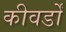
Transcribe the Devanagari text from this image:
कीवर्डों